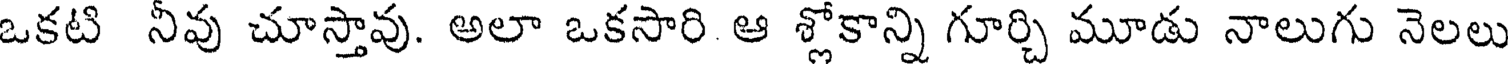
ఒకటి నీవు చూస్తావు. అలా ఒకసారి ఆ శ్లోకాన్ని గూర్చి మూడు నాలుగు నెలలు